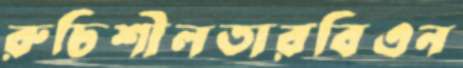
রুচিশীলতারবিএন